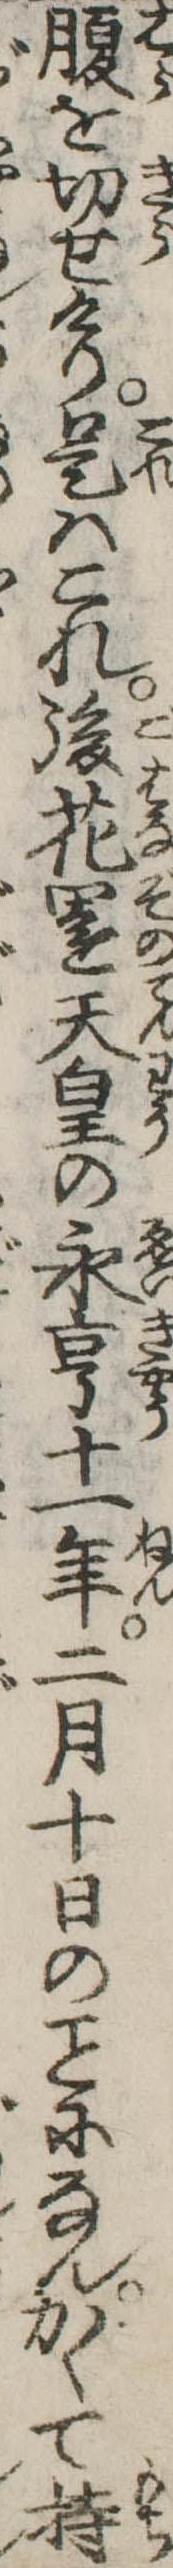
腹を切せけり是はこれ後花園天皇の永亨十一年二月十日のになんかくて持